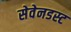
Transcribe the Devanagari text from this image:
सेवेनडस्ट